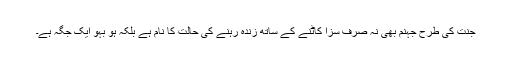
جنت کی طرح جہنم بھی نہ صرف سزا کاٹنے کے ساتھ زندہ رہنے کی حالت کا نام ہے بلکہ ہو بہو ایک جگہ ہے۔